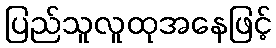
ပြည်သူလူထုအနေဖြင့်